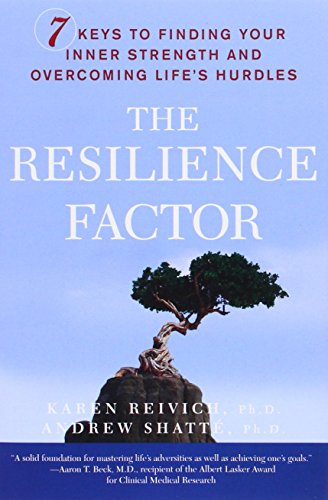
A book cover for The Resilience Factor: 7 Keys to  Finding Your Inner Strength and Overcoming Life's Hurdles; Karen Reivich; Health, Fitness & Dieting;